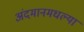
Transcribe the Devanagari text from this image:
अंदमानमधल्या